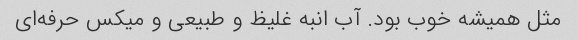
مثل همیشه خوب بود. آب انبه غلیظ و طبیعی و میکس حرفه‌ای